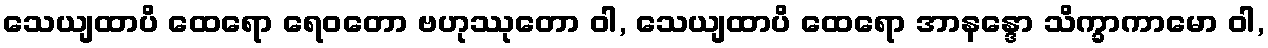
သေယျထာပိ ထေရော ရေဝတော ဗဟုဿုတော ဝါ, သေယျထာပိ ထေရော အာနန္ဒော သိက္ခာကာမော ဝါ,